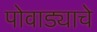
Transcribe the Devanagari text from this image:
पोवाड्याचे